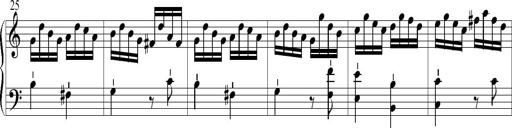
Title: 6 Leichte Sonatinen, Teil 1
Composer: F. Sigismund Sander